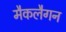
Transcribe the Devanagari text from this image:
मैकलैगन